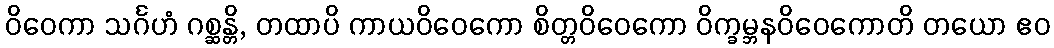
ဝိဝေကာ သင်္ဂဟံ ဂစ္ဆန္တိ, တထာပိ ကာယဝိဝေကော စိတ္တဝိဝေကော ဝိက္ခမ္ဘနဝိဝေကောတိ တယော ဧဝ